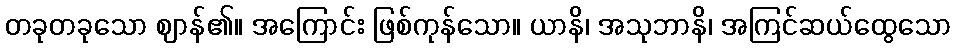
တခုတခုသော ဈာန်၏။ အကြောင်း ဖြစ်ကုန်သော။ ယာနိ၊ အသုဘာနိ၊ အကြင်ဆယ်ထွေသော